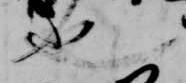
也